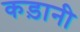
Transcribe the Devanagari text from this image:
कड़ानी